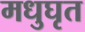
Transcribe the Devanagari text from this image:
मधुघृत